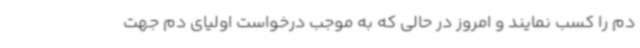
دم را کسب نمایند و امروز در حالی که به موجب درخواست اولیای‌ دم جهت